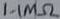
Text: 1.1MΩ